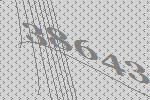
38643